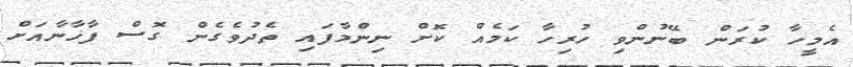
އެމީހާ ކުރަން ބޭނުންވި ހުރިހާ ކަމެއް ކޮށް ނިންމާފައި ތެދުވެގެން ގޮސް ފާޚާނާއަށް